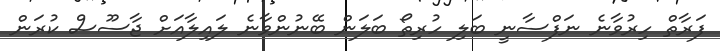
ފަރާތް ހިރުވާނެ ނަފްސާނީ ބަލި ހުރިތޯ ބަލަން ބޭނުންވާނެ ލައިލާއަށް ޖާސޫސް ކުރަން